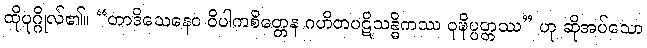
ထိုပုဂ္ဂိုလ်၏။ “တာဒိသေနေဝ ဝိပါကစိတ္တေန ဂဟိတပဋိသန္ဓိကဿ ဝုဍ္ဎိပ္ပတ္တဿ” ဟု ဆိုအပ်သော